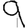
Digit: 9